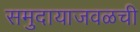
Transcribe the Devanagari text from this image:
समुदायाजवळची